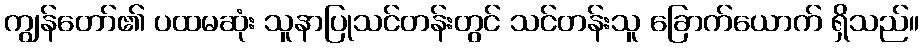
ကျွန်တော်၏ ပထမဆုံး သူနာပြုသင်တန်းတွင် သင်တန်းသူ ခြောက်ယောက် ရှိသည်။